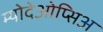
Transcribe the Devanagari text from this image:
म्योदेओप्सिअ